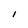
Character: I